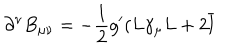
\partial ^ { \nu } B _ { \mu \nu } = - \frac 1 2 g ^ { \prime } ( L \gamma _ { \mu } L + 2 \overline { { { l } } }